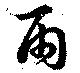
雨